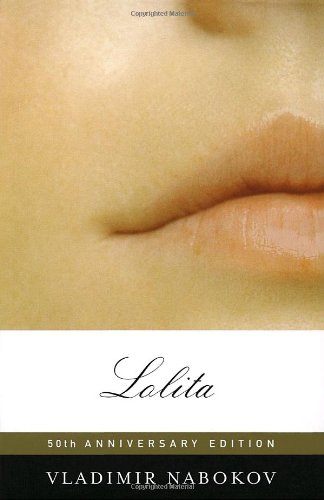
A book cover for Lolita; Vladimir Nabokov; Literature & Fiction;